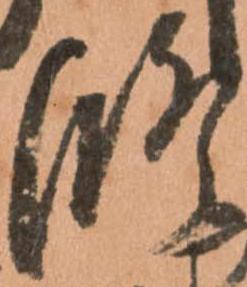
修